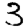
Digit: 3